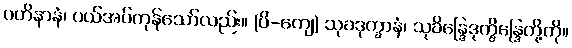
ပဟိနာနံ၊ ပယ်အပ်ကုန်သော်လည်း။ (ပိ-ကျေ) သုခဒုက္ခာနံ၊ သုခိန္ဒြေဒုက္ခိန္ဒြေတို့ကို။